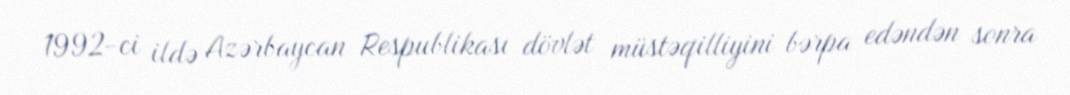
1992-ci ildə Azərbaycan Respublikası dövlət müstəqilliyini bərpa edəndən sonra